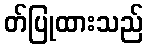
တ်ပြုထားသည်